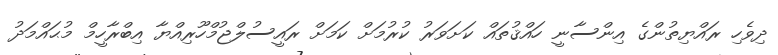
ދިވެހި ރައްޔިތުންގެ އިންސާނީ ހައްޤުތައް ކަށަވަރު ކުރުމަށް ކަމަށް ރައީސުލްޖުމްހޫރިއްޔާ އިބްރާހީމް މުޙައްމަދު